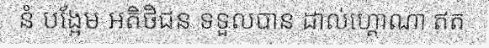
នំ បង្អែម អតិថិជន ទទួលបាន ដាល់ហ្គោណា ឥត